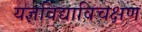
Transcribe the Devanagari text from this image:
यज्ञविद्याविचक्षण